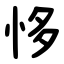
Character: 恀